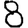
Digit: 8